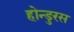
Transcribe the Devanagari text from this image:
होन्डुरस